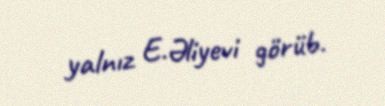
yalnız E.Əliyevi görüb.